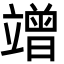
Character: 竲